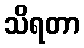
သိရတာ